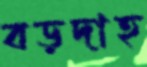
বড়দাহ